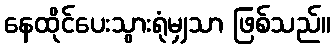
နေထိုင်ပေးသွားရုံမျှသာ ဖြစ်သည်။